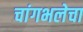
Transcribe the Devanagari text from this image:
चांगभलेचा